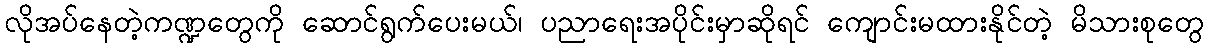
လိုအပ်နေတဲ့ကဏ္ဍတွေကို ဆောင်ရွက်ပေးမယ်၊ ပညာရေးအပိုင်းမှာဆိုရင် ကျောင်းမထားနိုင်တဲ့ မိသားစုတွေ